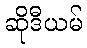
ဆိုဒီယမ်